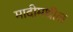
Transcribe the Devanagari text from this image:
मादीमधील